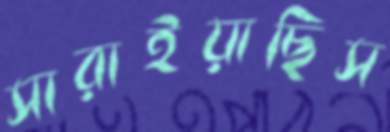
সারাইয়াছিস